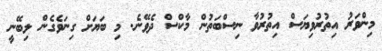
މިންވަރު އިތުރުވިޔަސް އިތުރުވާ ނިސްބަތުން މާކްސް ދެވޭނެ. މި ބަޔަށް ގިނަވެގެން ލިބޭނީ